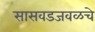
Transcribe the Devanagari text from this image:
सासवडजवळचे